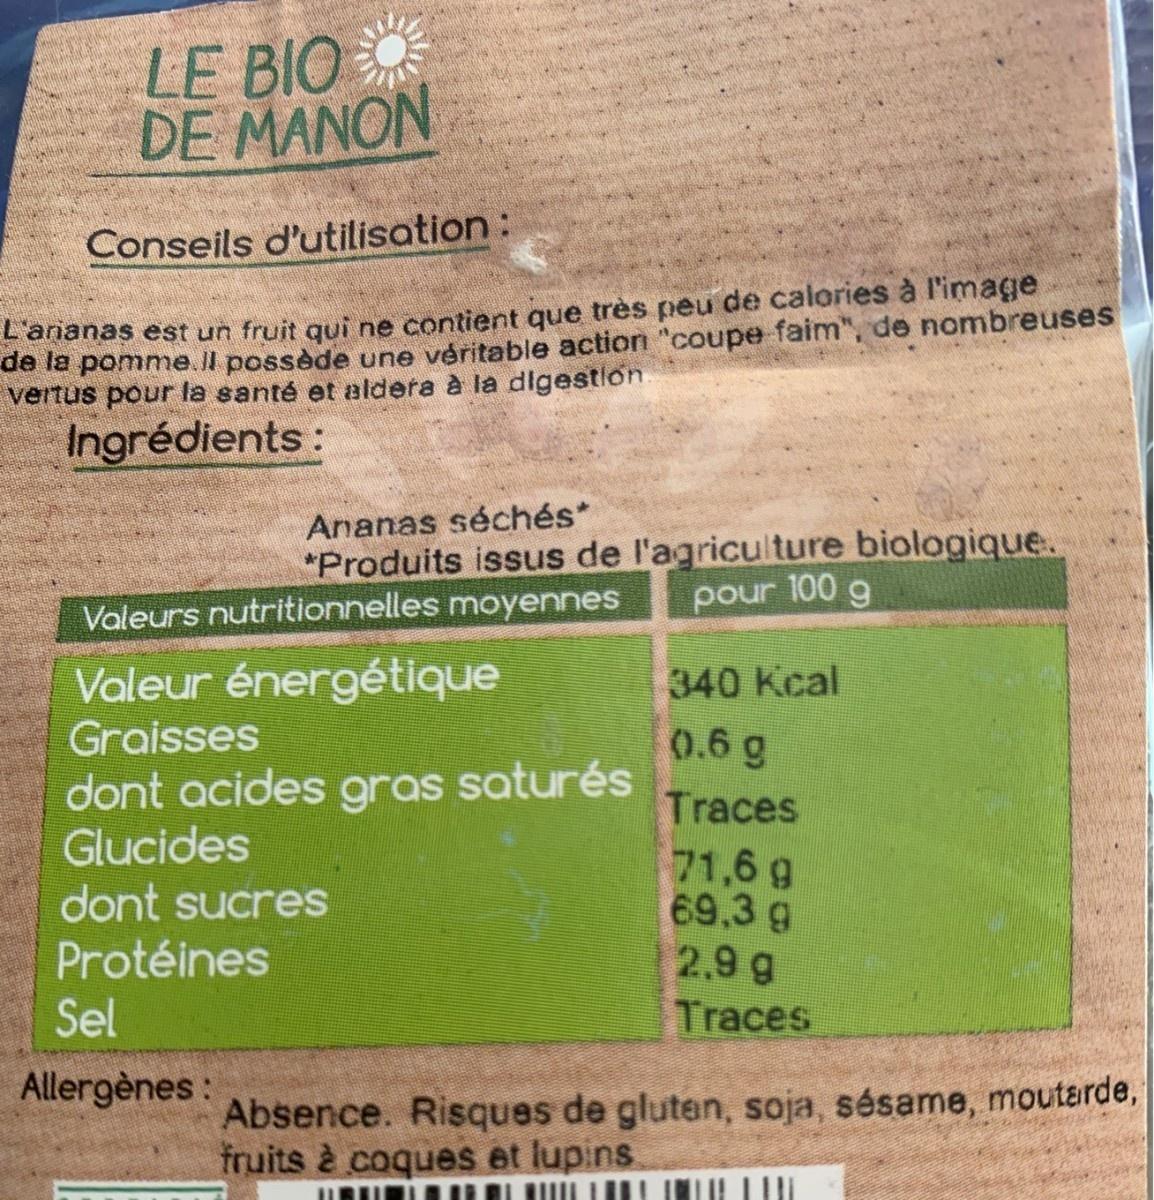
LE BIO DE MANON Conseils d'utilisation ananas est un fruit qui ne contient que très peu de calories à l'image de la pomme.il possède une véritable action "coupe faim", de nombreuses vertus pour la santé et aldera à la dlgestlon Ingrédients: Ananas séchés* "Produits issus de l'agriculture biologique. Valeurs nutritionnelles moyennes pour 100 g Valeur énergétique Graisses dont acides gras saturés Glucides dont sucres Protéines Sel 340 Kcal 0.6 g Traces 71,6 g 69.3 g 2.9 g Traces Allergènes: Absence. Risques de gluten, soja, sésame, moutarde, fruits è coques et lupins